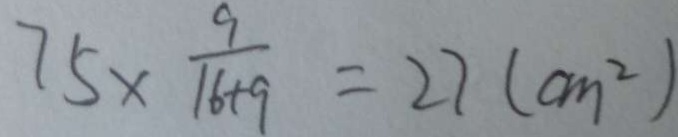
7 5 \times \frac { 9 } { 1 6 + 9 } = 2 7 ( c m ^ { 2 } )